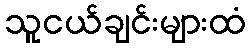
သူငယ်ချင်းများထံ